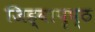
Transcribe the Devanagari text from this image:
जिह्वापृष्ठ